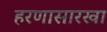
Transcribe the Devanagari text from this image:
हरणासारखा